画像に写った文字を読んでください
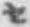
「セ」と書いてあります